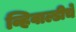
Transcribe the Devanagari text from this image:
व्हिवाल्डीचे